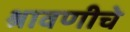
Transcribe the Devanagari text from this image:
श्रावणीचे